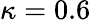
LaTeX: \kappa=0.6